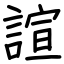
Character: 諠